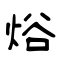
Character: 焀